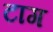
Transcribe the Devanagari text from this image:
टाग